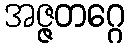
အဇ္ဇတဂ္ဂေ